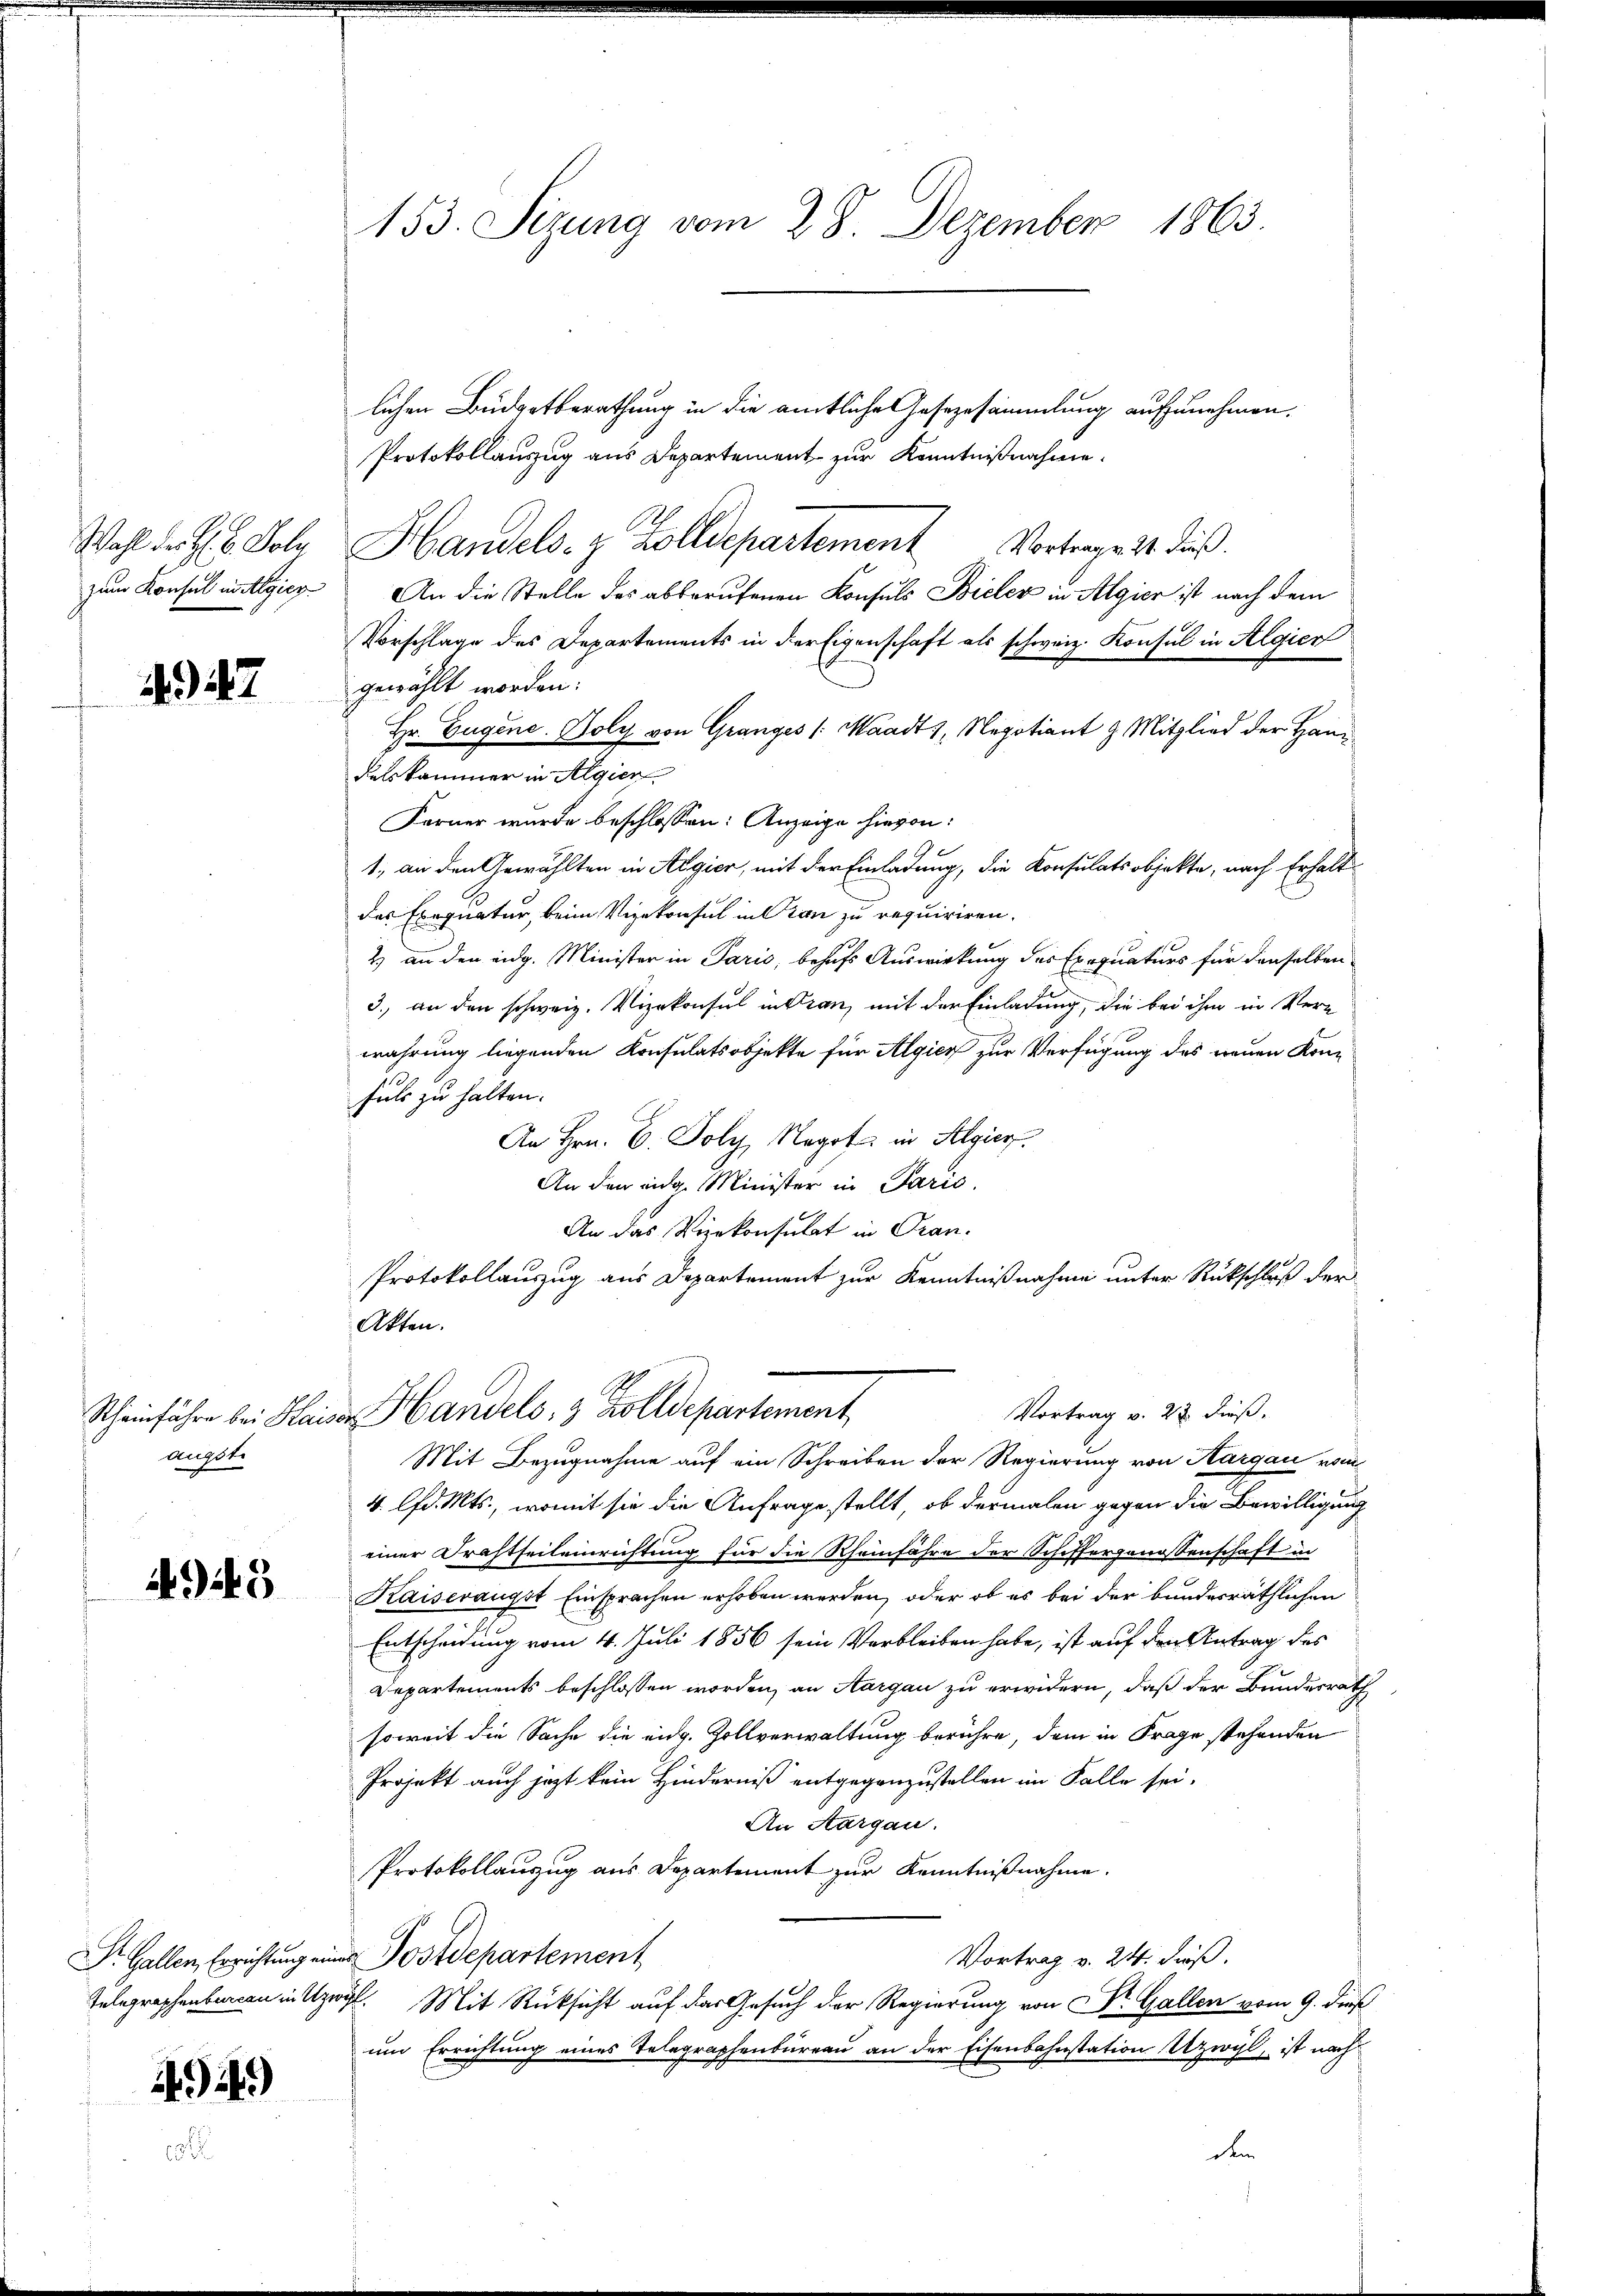
Wahl der H. B. Sole
zum Konsul in Algier

47

Scheinführe bei Ha
augste

4945

Dr. Gallen, Errichtung ein
Telegraphenbureau in U

4.)

153. Sizung vom 28. Dezember 1863.

lichen Budgetberathung in die amtliche Gesezesammlung aufzunehmen.
Protokollauszug aus Departement zur Kenntnißnahme.
Handels- & Zolldepartement Vortrage 11. dieß.
An die Stelle des abberufenen Konsuls Bieler in Algier ist nach dem
Vorschlage des Departements in der Eigenschaft als schweiz. Konsul in Algier
gewählt worden.
Hr. Eugene. Poly von Granges /: Waadt 1, Negotiant 9 Mitglied der Handelskammer in Algier
Farner wurde beschlossen: Anzeige hievon:
1, an den Gewählten in Algier, mit der Einladung, die Konsulatsobjekte, nach Erhalt-
des Exequatur, beim Vizekonsul in Pran zu requiriren.
2) an den eidg. Minister in Paris, behufs Auswirkung des Exequaturs für denselben
3. an den schweiz. Vizekonsul in dran, mit der Einladung, die bei ihm in Verwahrung liegenden Konsulatsobjekte für Algier zur Verfügung des reuen Kon¬
Fuls zu halten.
An Hrn. C. Poly Negot in Algier
An der eidg. Minister in Parić.
An das Vizekonsulat in Tran¬
Protokollauszug aus Departement zur Kenntnißnahme unter Rückschluß der
Akten.
 Handels, 3 Zolldepartement
Vortrag v. 22. dieß.
Mit Bezugnahme auf ein Schreiben der Regierung von Aargau vom
4. lfd. Mts., womit sie die Anfrage stellt, ob dermalen gegen die Bewilligung
einer Drahtheileinrichtung für die Rheinfahre der Schiffergenossenschaft in
Kaiserangst Einsprachen erhoben werden, oder ob es bei der bundesräthlichen
Entscheidung vom 4. Juli 1856 sein Verbleiben habe, ist auf den Antrag des
Departements beschlossen worden, an Aargau zu erwidern, daß der Bundesrath
soweit die Sache die eidg. Zollverwaltung berühre, dem in Frage stehenden
Projekt auch jezt kein Hinderniß entgegenzustellen im Falle sei.
An Aargau.
Protokollauszug aus Departement zur Kenntnißnahme.
n Postdepartement
Vortrag v. 24. dieß.
ögl. Mit Rücksicht auf das Gesuch der Regierung von Dr. Gallen vom 9. dieß
um Errichtung eines Telegraphenbureau an der Eisenbahnstation Uzwyl, ist nach
dem